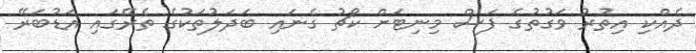
ދެއްކި އިތުރު ވަގުތުގެ ފަސް މިނިޓަށް ކޯޗު ގެނައި ބަދަލުތަކުގެ ތެރޭގައި އަޑުބަރޭ